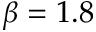
\beta = 1 . 8